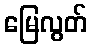
မြေလွတ်